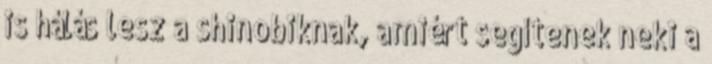
is hálás lesz a shinobiknak, amiért segítenek neki a